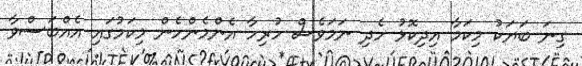
ގިނަ ބަޔަކު މިކަމާ އިދިކޮޅު ހެދި ނަމަވެސް ހުރިހާ އެންމެންހެން މިކަމުގައި އެއްބަސްވާ